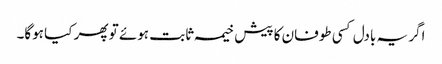
اگر یہ بادل کسی طوفان کا پیش خیمہ ثابت ہوئے تو پھر کیا ہوگا۔